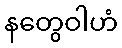
နတွေဝါဟံ